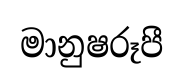
මානුෂරූපී